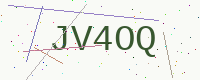
Text: JV4OQ